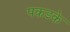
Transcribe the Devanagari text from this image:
पकडके